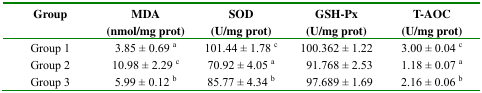
<table><thead><tr><td><b>Group</b></td><td><b>MDA (nmol/mg prot)</b></td><td><b>SOD (U/mg prot)</b></td><td><b>GSH-Px (U/mg prot)</b></td><td><b>T-AOC (U/mg prot)</b></td></tr></thead><tbody><tr><td>Group 1</td><td>3.85 ± 0.69 <sup>a</sup></td><td>101.44 ± 1.78 <sup>c</sup></td><td>100.362 ± 1.22</td><td>3.00 ± 0.04 <sup>c</sup></td></tr><tr><td>Group 2</td><td>10.98 ± 2.29 <sup>c</sup></td><td>70.92 ± 4.05 <sup>a</sup></td><td>91.768 ± 2.53</td><td>1.18 ± 0.07 <sup>a</sup></td></tr><tr><td>Group 3</td><td>5.99 ± 0.12 <sup>b</sup></td><td>85.77 ± 4.34 <sup>b</sup></td><td>97.689 ± 1.69</td><td>2.16 ± 0.06 <sup>b</sup></td></tr></tbody></table>